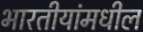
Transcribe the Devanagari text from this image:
भारतीयांमधील